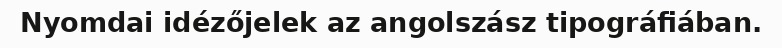
Nyomdai idézőjelek az angolszász tipográfiában.